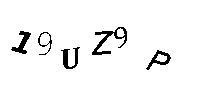
19UZ9P